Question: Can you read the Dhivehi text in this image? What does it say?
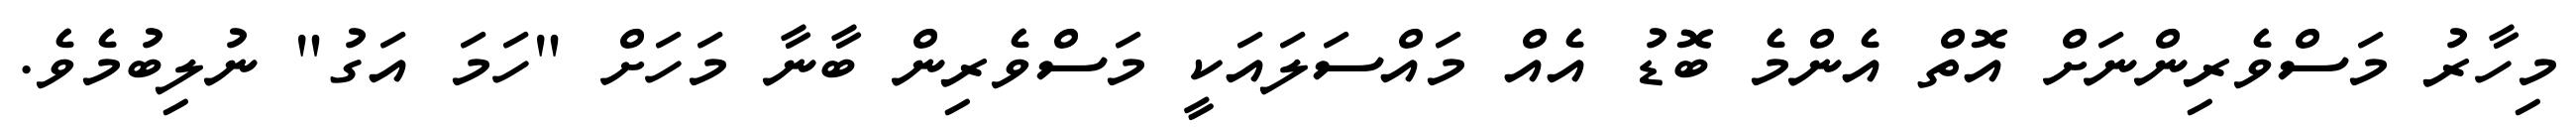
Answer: މިހާރު މަސްވެރިންނަށް އޮތް އެންމެ ބޮޑު އެއް މައްސަލައަކީ މަސްވެރިން ބާނާ މަހަށް "ހަމަ އަގު" ނުލިބުމެވެ.